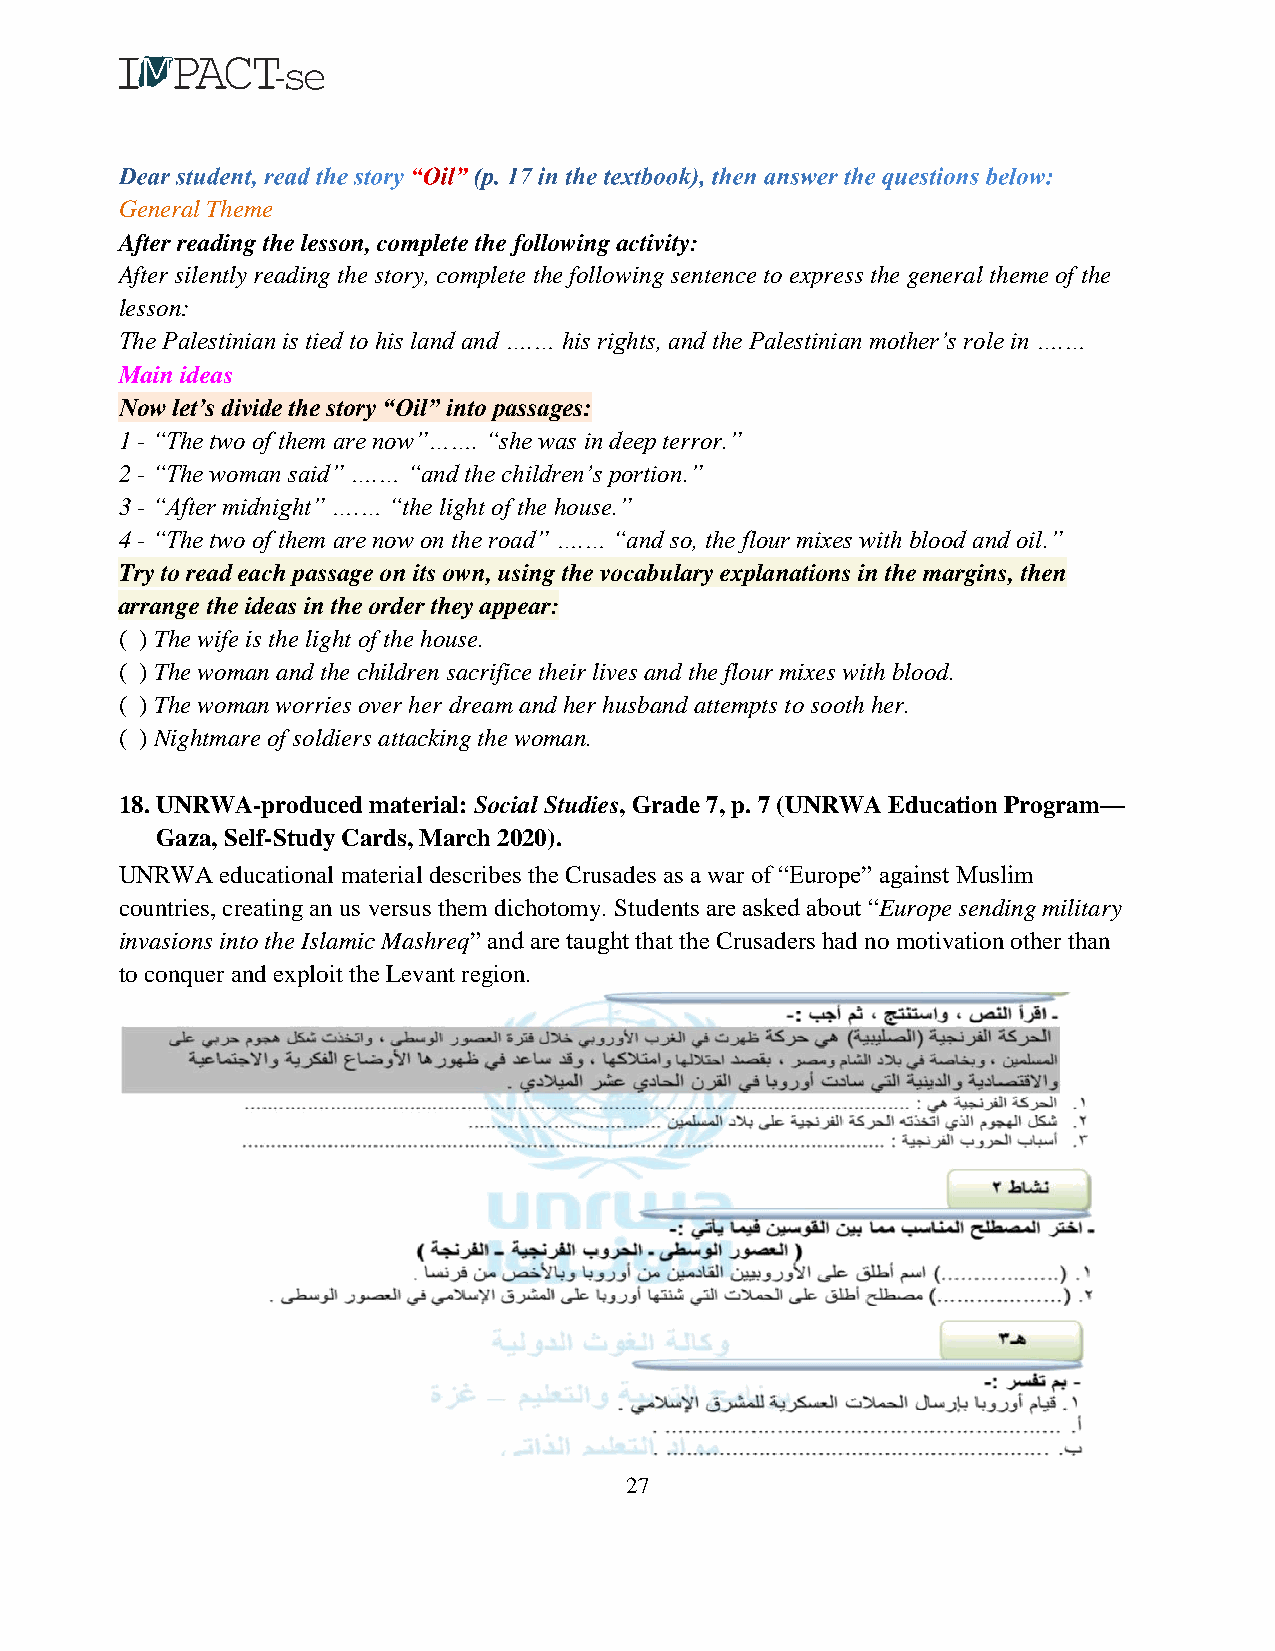
General Theme
 After reading the lesson, complete the following activity:
 After silently reading the story, complete the following sentence to express the general theme of the
 lesson:
 The Palestinian is tied to his land and ….… his rights, and the Palestinian mother’s role in ….…
 Main ideas
 Now let’s divide the story “Oil” into passages:
 1 - “The two of them are now”……. “she was in deep terror.”
 2 - “The woman said” ….… “and the children’s portion.”
 3 - “After midnight” ….… “the light of the house.”
 4 - “The two of them are now on the road” ….… “and so, the flour mixes with blood and oil.”
 Try to read each passage on its own, using the vocabulary explanations in the margins, then
 arrange the ideas in the order they appear:
 ( ) The wife is the light of the house.
 ( ) The woman and the children sacrifice their lives and the flour mixes with blood.
 ( ) The woman worries over her dream and her husband attempts to sooth her.
 ( ) Nightmare of soldiers attacking the woman.
 18. UNRWA-produced material: Social Studies, Grade 7, p. 7 (UNRWA Education Program—
 Gaza, Self-Study Cards, March 2020).
 UNRWA  educational material describes the Crusades as a war of “Europe” against Muslim
 countries, creating an us versus them dichotomy. Students are asked about “Europe sending military
 invasions into the Islamic Mashreq” and are taught that the Crusaders had no motivation other than
 to conquer and exploit the Levant region.
 27